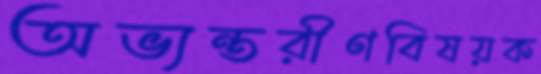
অভ্যন্তরীণবিষয়ক